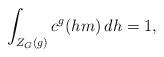
LaTeX: \begin{align*}\int_{Z_G(g)} c^g(hm)\, dh = 1,\end{align*}